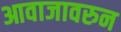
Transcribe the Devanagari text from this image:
आवाजावरुन